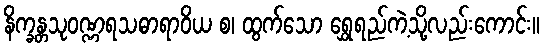
နိက္ခန္တသုဝဏ္ဏရသဓာရာဝိယ စ၊ ထွက်သော ရွှေရည်ကဲ့သို့လည်းကောင်း။